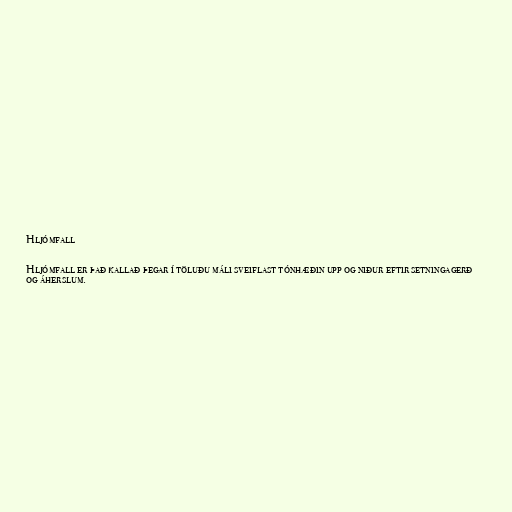
Hljómfall

Hljómfall er það kallað þegar í töluðu máli sveiflast tónhæðin upp og niður eftir setningagerð
og áherslum.